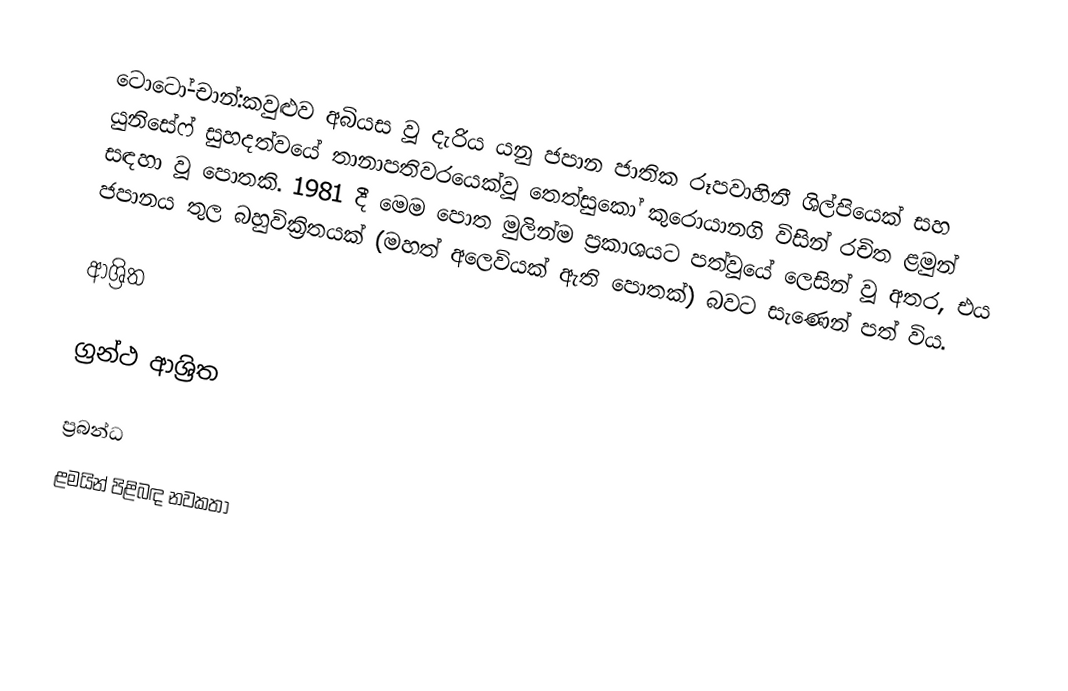
ටොටෝ-චාන්:කවුළුව අබියස වූ දැරිය යනු ජපාන ජාතික රූපවාහිනී  ශිල්පියෙක් සහ යුනිසේෆ් සුහදත්වයේ තානාපතිවරයෙක්වූ තෙත්සුකෝ කුරොයානගි විසින් රචිත  ළමුන් සඳහා වූ පොතකි.  1981 දී මෙම පොත මුලින්ම ප්‍රකාශයට පත්වූයේ  ලෙසින් වූ අතර, එය ජපානය තුල බහුවික්‍රිතයක් (මහත් අලෙවියක් ඇති පොතක්) බවට සැණෙන් පත් විය.

ආශ්‍රිත

ග්‍රන්ථ ආශ්‍රිත

ප්‍රබන්ධ
ළමයින් පිළිබඳ නවකතා